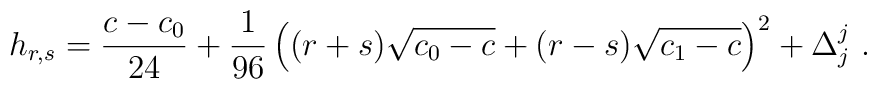
h_{r,s}={{c-c_0}\over24}+{1\over96}\left((r+s) \sqrt{c_0-c}+(r-s)\sqrt{c_1-c}\right)^2+\Delta^j_j{}~.